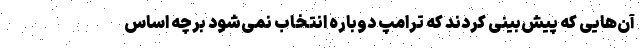
آن‌هایی که پیش‌بینی کردند که ترامپ دوباره انتخاب نمی‌شود برچه اساس